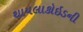
થાયલાકોઇડની